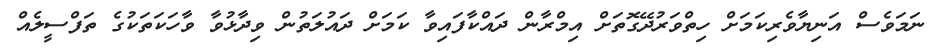
ނަމަވެސް އަނިޔާވެރިކަމަށް ހިތްވަރުދޭގޮތަށް އިމްރާން ދައްކާފައިވާ ކަމަށް ދައުލަތުން ވިދާޅުވާ ވާހަކަތަކުގެ ތަފްސީލެއް